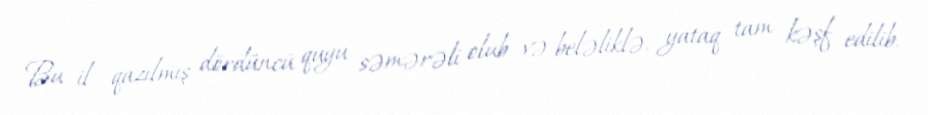
Bu il qazılmış dördüncü quyu səmərəli olub və beləliklə, yataq tam kəşf edilib.